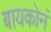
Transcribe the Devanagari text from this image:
बायकोनं